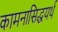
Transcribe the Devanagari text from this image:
कामनासिद्धयर्थ